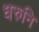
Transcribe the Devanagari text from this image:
धरुनि